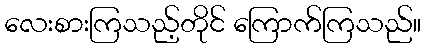
လေးစားကြသည့်တိုင် ကြောက်ကြသည်။